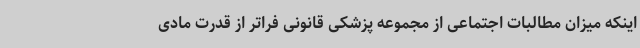
اینکه میزان مطالبات اجتماعی از مجموعه پزشکی قانونی فراتر از قدرت مادی